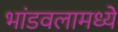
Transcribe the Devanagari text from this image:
भांडवलामध्ये